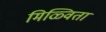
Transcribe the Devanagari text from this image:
मिळ्विता